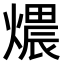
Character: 𤏏